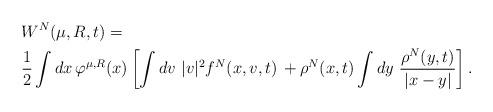
LaTeX: \begin{align*}& W^N( \mu,R,t)=\\&\frac12 \int d x\, \varphi^{\mu,R}( x)\left[\int d v \ |v|^2 f^N( x, v,t)\,+ \rho^N( x,t)\int dy \ \frac{ \rho^N ( y,t)}{ | x- y|}\right]. \end{align*}